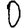
Digit: 0